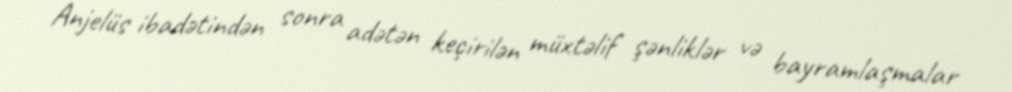
Anjelüs ibadətindən sonra adətən keçirilən müxtəlif şənliklər və bayramlaşmalar